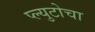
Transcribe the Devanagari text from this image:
प्ल्युटोचा